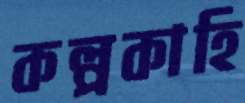
কল্পকাহি